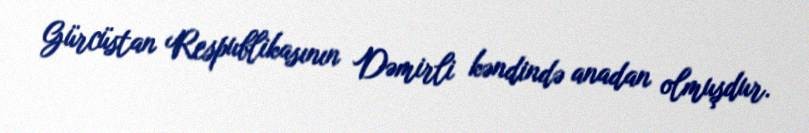
Gürcüstan Respublikasının Dəmirli kəndində anadan olmuşdur.